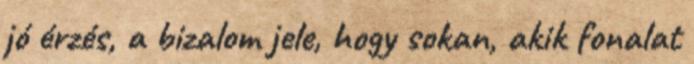
jó érzés, a bizalom jele, hogy sokan, akik fonalat